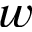
w